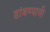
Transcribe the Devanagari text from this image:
डांबण्याची